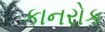
કાનરોક